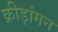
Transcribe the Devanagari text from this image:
क्रीड़ांगन